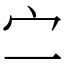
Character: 㝉